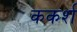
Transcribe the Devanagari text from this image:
ककर्श